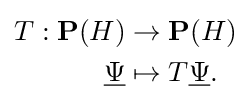
{\begin{aligned}T:\mathbf {P} (H)&\to \mathbf {P} (H)\\{\underline {\Psi }}&\mapsto T{\underline {\Psi }}.\\\end{aligned}}